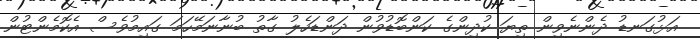
އަޅުގަނޑު ދެންނެވިން ތިޔަ ކުދިންގެ ކަންބޮޑުވުން ދަންޑަހެލު ގާތު ބުނާނަމޭހަމަ ގައިމުވެސް އެކޮމެންޓުން